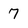
Character: 7